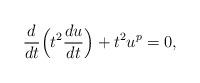
LaTeX: \begin{align*}\frac{d}{dt}\Big(t^2\frac{du}{dt}\Big) +t^2u^p=0, \end{align*}